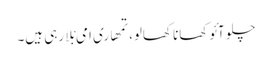
چلو آئو کھانا کھالو، تمھاری امی بْلا رہی ہیں۔